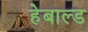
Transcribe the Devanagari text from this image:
हेबाल्ड